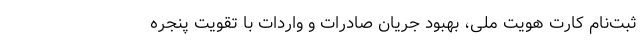
ثبت‌نام کارت هویت ملی، بهبود جریان صادرات و واردات با تقویت پنجره